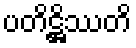
ပတိဋ္ဌိဿတိ